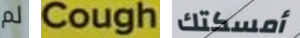
لم Cough أمسكتك